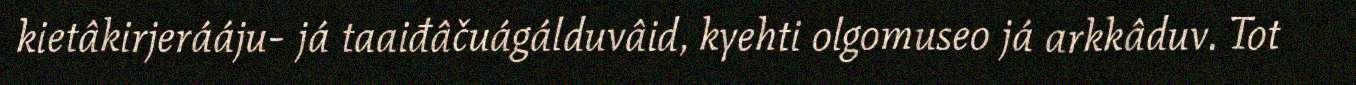
kietâkirjerááju- já taaiđâčuágálduvâid, kyehti olgomuseo já arkkâduv. Tot